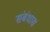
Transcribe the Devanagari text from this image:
संबंधास